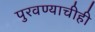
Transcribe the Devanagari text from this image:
पुरवण्याचीही